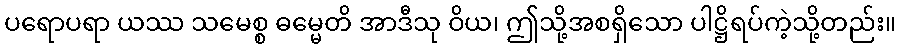
ပရောပရာ ယဿ သမေစ္စ ဓမ္မေတိ အာဒီသု ဝိယ၊ ဤသို့အစရှိသော ပါဋ္ဌိရပ်ကဲ့သို့တည်း။